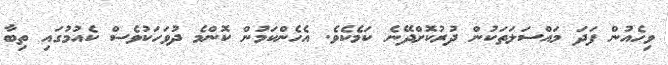
ވިހެއުން ފަދަ މައްސަލަތަކުން ދުރުކޮށްދޭނެ ކަމެކެވެ. އެހެންކަމުން ކޮންމެ ދުވަހަކުވެސް ކެއުމުގައި ތިބާ